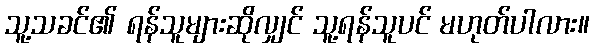
သူ့သခင်၏ ရန်သူများဆိုလျှင် သူ့ရန်သူပင် မဟုတ်ပါလား။